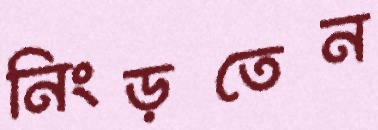
নিংড়তেন